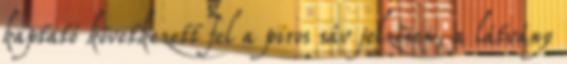
kaptató következett fel a piros sáv jelzésen, a látvány